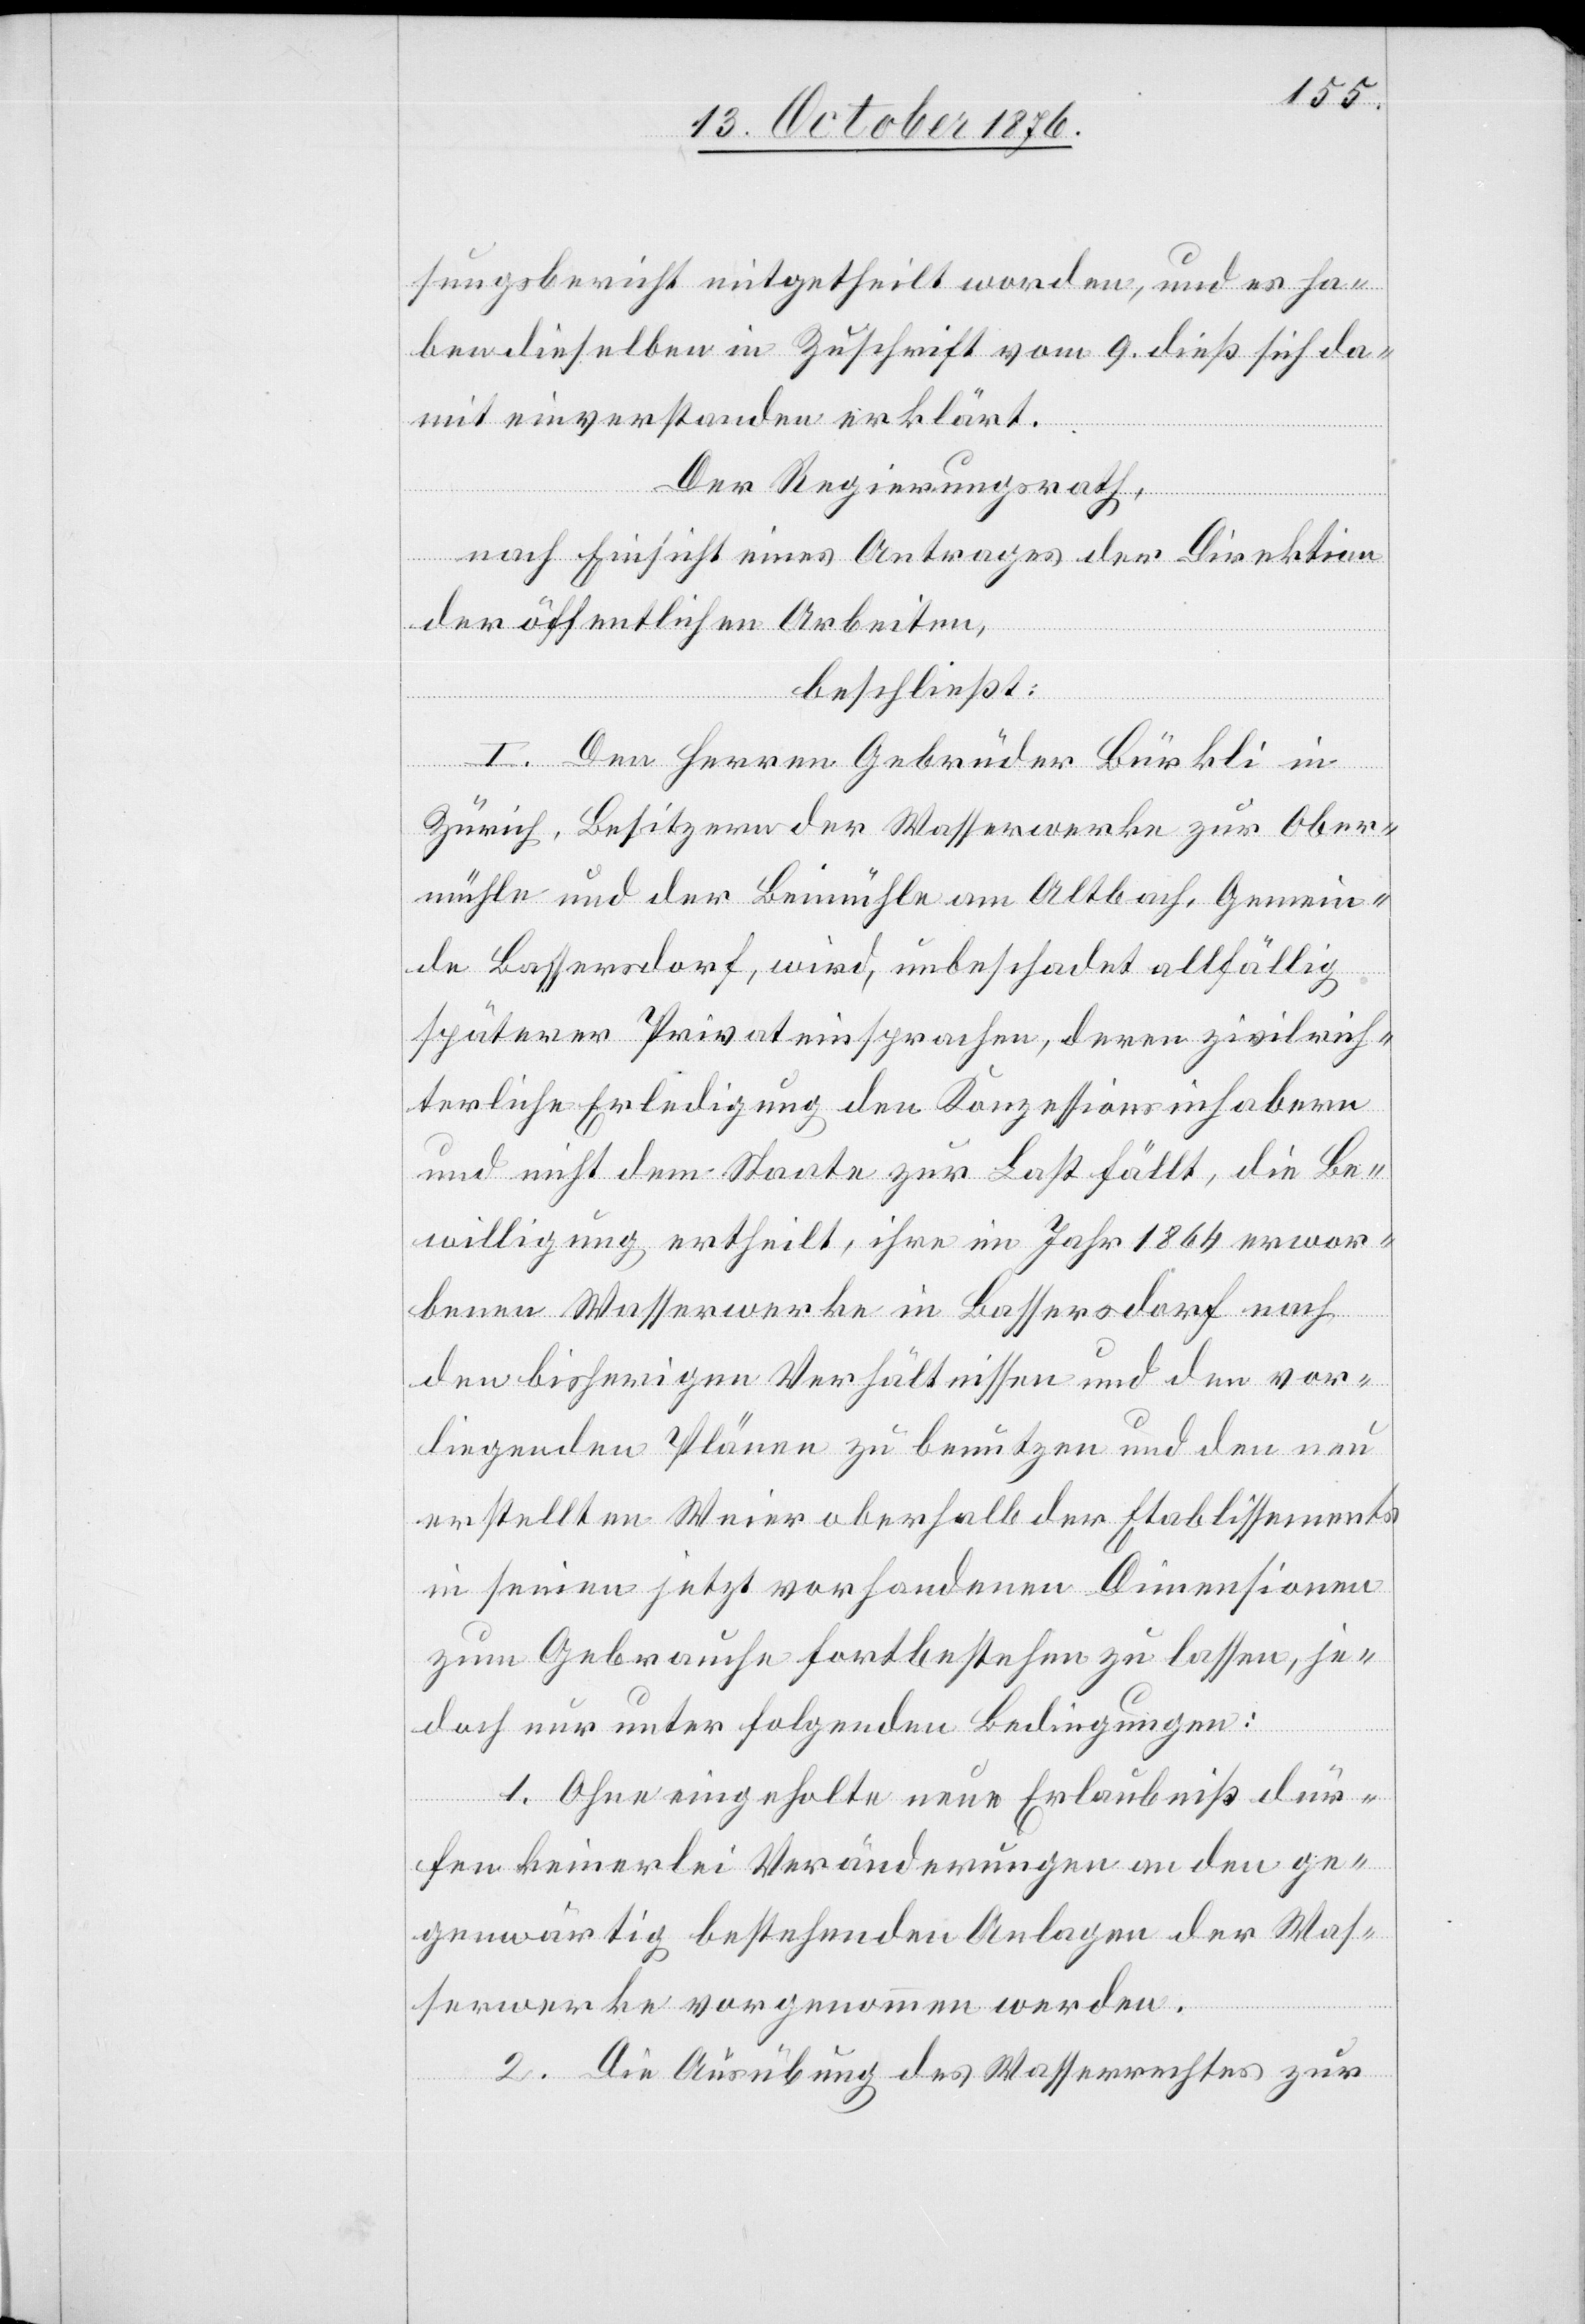
sungsbericht mitgetheilt worden, und es ha¬
ben dieselben in Zuschrift vom 9. dieß sich da¬
mit einverstanden erklärt.
Der Regierungsrath,
nach Einsicht eines Antrages der Direktion
der öffentlichen Arbeiten,
beschließt:
I. Den Herren Gebrüder Bürkli in
Zürich, Besitzern der Wasserwerke zur Ober¬
mühle und der Beimühle am Altbach, Gemein¬
de Bassersdorf, wird, unbeschadet allfällig
späterer Privateinsprachen, deren zivilrich¬
terliche Erledigung den Konzessionsinhabern
und nicht dem Staate zur Last fällt, die Be¬
willigung ertheilt, ihre im Jahr 1864 erwor¬
benen Wasserwerke in Bassersdorf nach
den bisherigen Verhältnissen und den vor¬
liegenden Plänen zu benutzen und en neu
erstellten Weier oberhalb der Etablissements
in seinen jetzt vorhandenen Dimensionen
zum Gebrauche fortbestehen zu lassen, je¬
doch nur unter folgenden Bedingungen:
1. Ohne eingeholte neue Erlaubniß dür¬
fen keinerlei Veränderungen an den ge¬
genwärtig bestehenden Anlagen der Was¬
serwerke vorgenommen werden.
2. Die Ausübung des Wasserrechtes zur